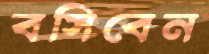
বসিবেন